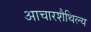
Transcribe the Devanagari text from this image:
आचारशैथिल्य